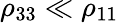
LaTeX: \rho_{33}\ll\rho_{11}